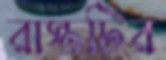
রাস্তটির